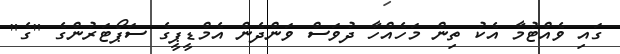
ގައި ވެއްޓުމާ އެކު ތިން މަހެއްހާ ދުވަސް ވަންދެން އެމްޑީޕީގެ ސަޕޯޓަރުންގެ "ގެ"